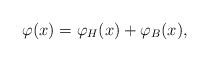
LaTeX: \begin{align*}\varphi(x)=\varphi_H(x)+\varphi_B(x),\end{align*}